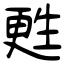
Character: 甦